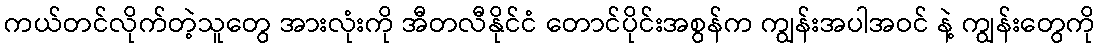
ကယ်တင်လိုက်တဲ့သူတွေ အားလုံးကို အီတလီနိုင်ငံ တောင်ပိုင်းအစွန်က ကျွန်းအပါအဝင် နဲ့ ကျွန်းတွေကို